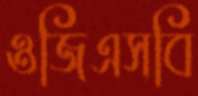
ওজিএসবি